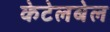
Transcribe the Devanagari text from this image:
केटेलबेल